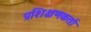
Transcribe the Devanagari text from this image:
प्रशिक्षणकर्ता